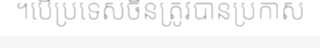
។បើប្រទេសចិនត្រូវបានប្រកាស